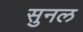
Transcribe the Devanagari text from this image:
सुनल